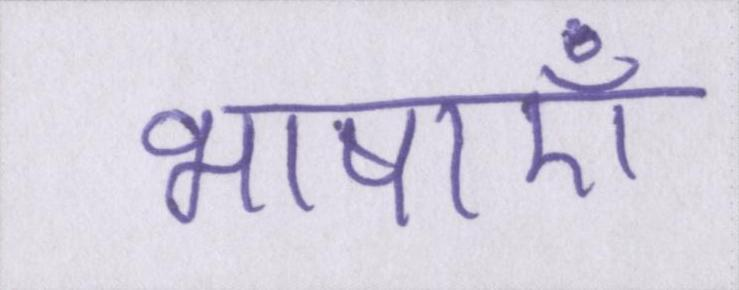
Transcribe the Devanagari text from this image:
भाषाएँ